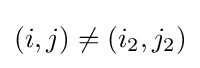
(i,j)\neq \left(i_{2},j_{2}\right)